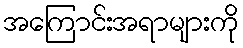
အကြောင်းအရာများကို